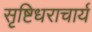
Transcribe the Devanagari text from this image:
सृष्टिधराचार्य